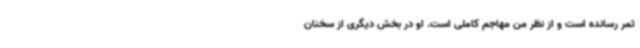
ثمر رسانده است و از نظر من مهاجم کاملی است. او در بخش دیگری از سخنان